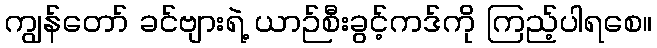
ကျွန်တော် ခင်ဗျားရဲ့ ယာဉ်စီးခွင့်ကဒ်ကို ကြည့်ပါရစေ။